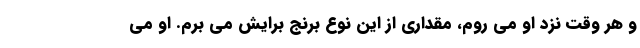
و هر وقت نزد او می روم، مقداری از این نوع برنج برایش می برم. او می